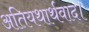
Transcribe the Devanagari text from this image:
अतियथार्थवाद।